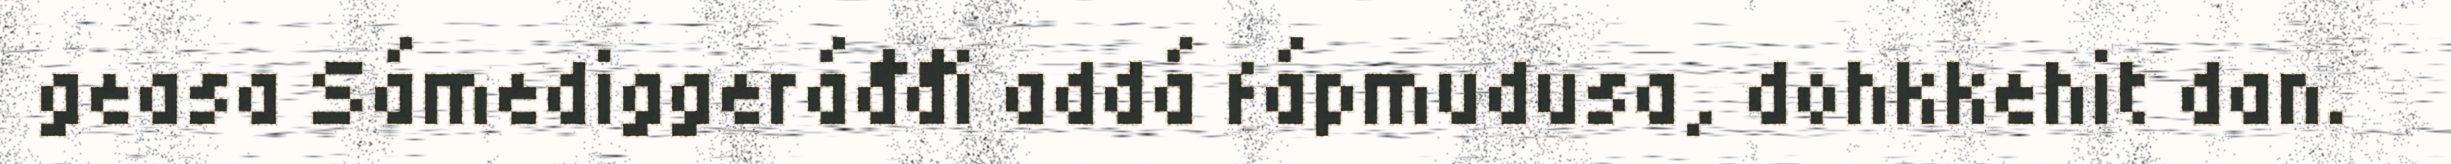
geasa Sámediggeráđđi addá fápmudusa, dohkkehit dan.